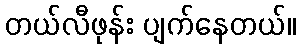
တယ်လီဖုန်း ပျက်နေတယ်။